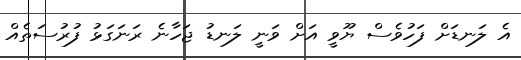
އެ ލަނޑަށް ފަހުވެސް ޔޫވީ އަށް ވަނީ ލަނޑު ޖަހާނެ ރަނަގަޅު ފުރުސަތެއް